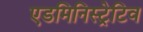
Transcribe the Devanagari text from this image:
एडमिनिस्ट्रेटिव